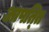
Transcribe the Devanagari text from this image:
आपत्‍ति